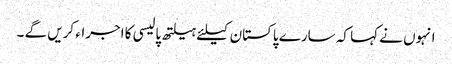
انہوں نے کہا کہ سارے پاکستان کیلئے ہیلتھ پالیسی کا اجراء کریں گے ۔